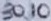
Text: 3010